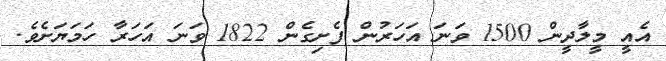
އެއީ މީލާދީން 1500 ވަނަ އަހަރުން ފެށިގެން 1822 ވަނަ އަހަރާ ހަމަޔަށެވެ.